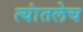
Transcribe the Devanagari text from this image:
त्यांतलेच